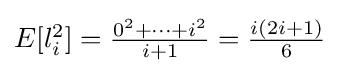
{\textstyle E[l_{i}^{2}]={\frac {0^{2}+\cdots +i^{2}}{i+1}}={\frac {i(2i+1)}{6}}}